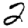
Digit: 2